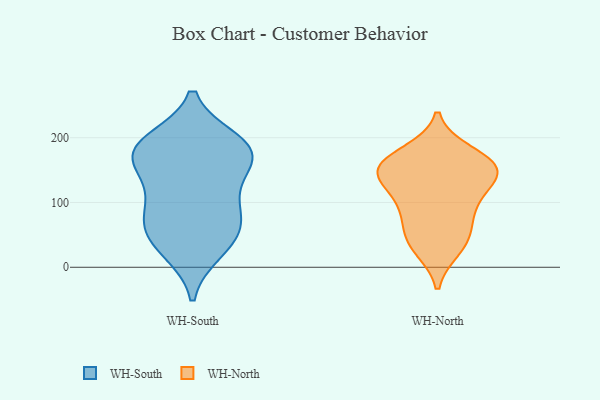
{"axis": {"x": "Latency (ms)", "y": "Value"}, "legend": ["WH-North", "WH-South"], "data": [{"x": "", "y": 34, "type": "WH-South"}, {"x": "", "y": 161, "type": "WH-South"}, {"x": "", "y": 178, "type": "WH-South"}, {"x": "", "y": 150, "type": "WH-South"}, {"x": "", "y": 183, "type": "WH-South"}, {"x": "", "y": 111, "type": "WH-South"}, {"x": "", "y": 188, "type": "WH-South"}, {"x": "", "y": 26, "type": "WH-South"}, {"x": "", "y": 194, "type": "WH-South"}, {"x": "", "y": 178, "type": "WH-South"}, {"x": "", "y": 66, "type": "WH-South"}, {"x": "", "y": 54, "type": "WH-South"}, {"x": "", "y": 75, "type": "WH-South"}, {"x": "", "y": 96, "type": "WH-South"}, {"x": "", "y": 154, "type": "WH-North"}, {"x": "", "y": 177, "type": "WH-North"}, {"x": "", "y": 153, "type": "WH-North"}, {"x": "", "y": 113, "type": "WH-North"}, {"x": "", "y": 136, "type": "WH-North"}, {"x": "", "y": 170, "type": "WH-North"}, {"x": "", "y": 88, "type": "WH-North"}, {"x": "", "y": 147, "type": "WH-North"}, {"x": "", "y": 153, "type": "WH-North"}, {"x": "", "y": 35, "type": "WH-North"}, {"x": "", "y": 29, "type": "WH-North"}, {"x": "", "y": 68, "type": "WH-North"}, {"x": "", "y": 145, "type": "WH-North"}, {"x": "", "y": 97, "type": "WH-North"}, {"x": "", "y": 46, "type": "WH-North"}]}